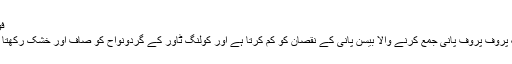
فوائد:
لیک پروف پروف پانی جمع کرنے والا بیسن پانی کے نقصان کو کم کرتا ہے اور کولنگ ٹاور کے گردونواح کو صاف اور خشک رکھتا ہے۔